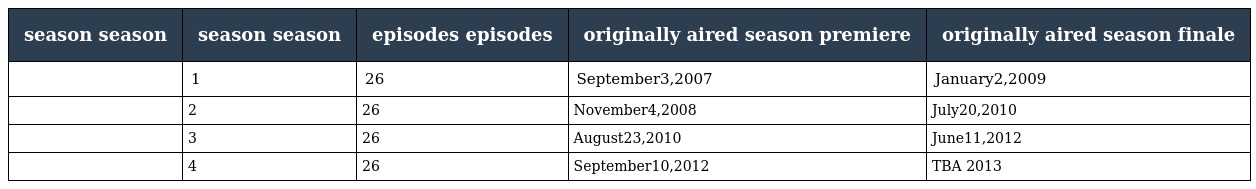
| season season | season season | episodes episodes | originally aired season premiere | originally aired season finale |
 | --- | --- | --- | --- | --- |
 |  | 1 | 26 | September3,2007 | January2,2009 |
 |  | 2 | 26 | November4,2008 | July20,2010 |
 |  | 3 | 26 | August23,2010 | June11,2012 |
 |  | 4 | 26 | September10,2012 | TBA 2013 |